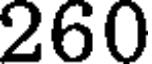
260